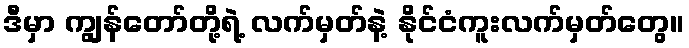
ဒီမှာ ကျွန်တော်တို့ရဲ့ လက်မှတ်နဲ့ နိုင်ငံကူးလက်မှတ်တွေ။